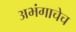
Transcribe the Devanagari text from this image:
अभंगाचेच